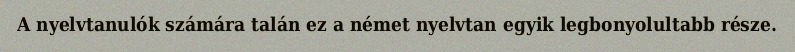
A nyelvtanulók számára talán ez a német nyelvtan egyik legbonyolultabb része.